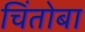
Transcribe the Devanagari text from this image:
चिंतोबा